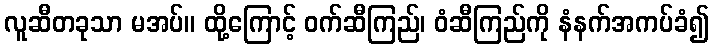
လူဆီတခုသာ မအပ်။ ထို့ကြောင့် ဝက်ဆီကြည်၊ ဝံဆီကြည်ကို နံနက်အကပ်ခံ၍